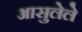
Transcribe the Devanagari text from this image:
आसुलेले